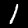
Digit: 1